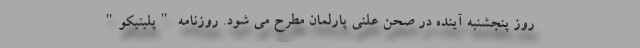
روز پنجشنبه آینده در صحن علنی پارلمان مطرح می شود. روزنامه "پلیتیکو"